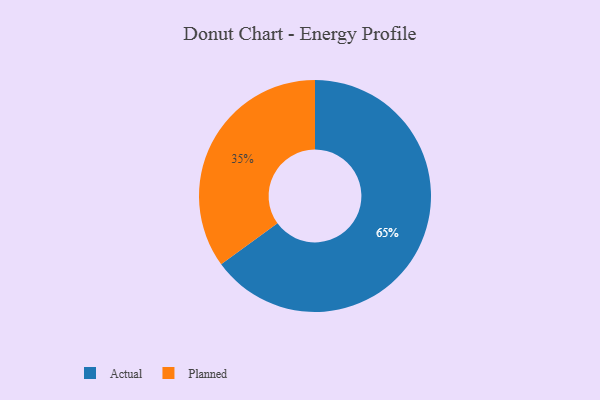
{"axis": {"x": "Category", "y": "Percentage"}, "legend": ["Actual", "Planned"], "data": [{"x": "Planned", "y": 35, "type": "Planned"}, {"x": "Actual", "y": 65, "type": "Actual"}]}